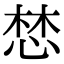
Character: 𢛓